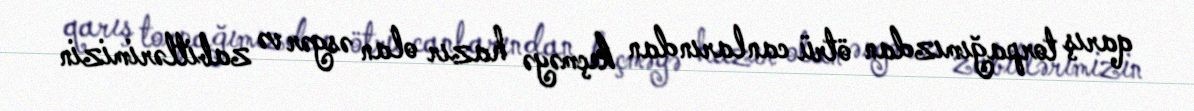
qarış torpağımızdan ötrü canlarından keçməyə hazır olan əsgər və zabitlərimizin